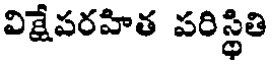
విక్షేపరహిత పరిస్థితి